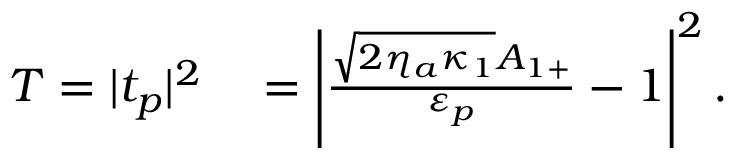
\begin{array} { r l } { T = | t _ { p } | ^ { 2 } } & { { } = \left| \frac { \sqrt { 2 \eta _ { a } \kappa _ { 1 } } A _ { 1 + } } { \varepsilon _ { p } } - 1 \right| ^ { 2 } . } \end{array}